Report on vaccination in Madras 1922-1929 - 1922-1929
Year: 1922
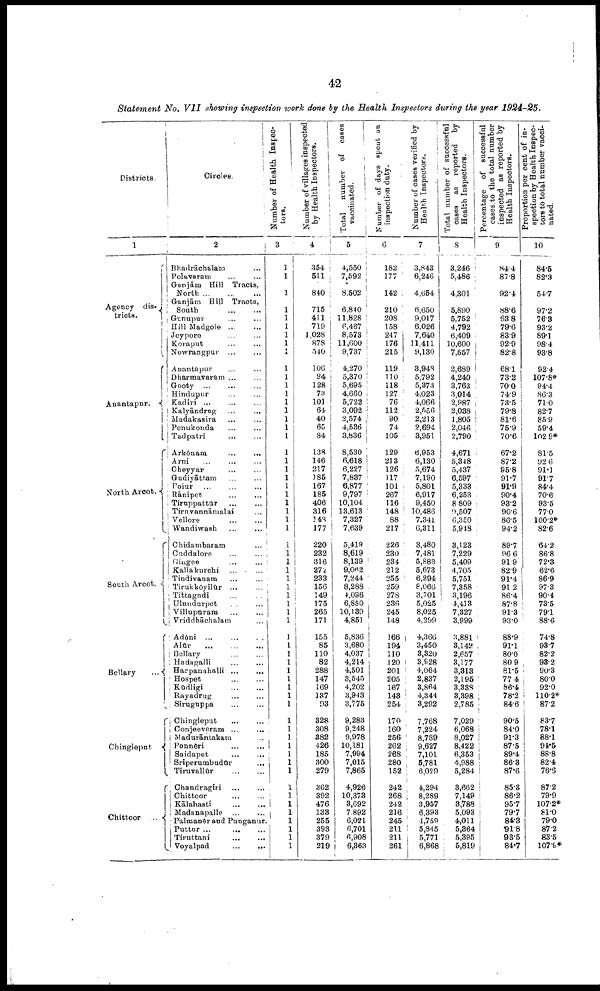
42
Statement
No. VII showing inspection work done by the Health Inspectors during the year
1924-25.
Districts.
1
Agency dis¬
tricts.
Anantapur.
North Arcot.
South Arcot.
Bellary
...
Chingleput
Chittoor ...
Circles.
2
Bhadrāchalam ...
Polavaram
...
...
Ganiām Hill Tracts,
North
...
...
...
Ganjām Hill Tracts,
South ... ...
Gunupur
...
...
Hill Madgole
...
...
Jeypore ... ...
Koraput ... ...
Nowrangpur ...
...
Anantapur
...
...
Dharmavaram ... ...
Gooty
...
...
...
Hindupur
...
...
Kadiri
...
...
...
Kalyāndrug
...
...
Madakasira ... ...
Penukonda
...
...
Tadpatri
...
...
Arkōnam
...
...
Arni ... ... ...
Cheyyar
...
...
Gudiyāttam
...
...
Polur
...
...
...
Rānipet ... ...
Tiruppattūr
...
...
Tiruvannāmalai ...
Vellore
...
...
Wandiwash
...
...
Chidambaram ...
Cuddalore ... ...
Gingee ... ...
Kallakurchi ... ...
Tindivanam
...
...
Tirukkōyilūr ...
Tittagudi
...
...
Ulundurpet ... ...
Villupuram ... ...
Vriddhāchalam ...
Adōni ...
...
...
Alūr
...
...
...
Bellary ... ...
Hadagalli
...
...
Harpanahalli ...
...
Hospet
...
...
Kūdligi
...
...
Rayadrug ... ...
Siruguppa ... ...
Chingleput
...
...
Conjeeveram
...
...
Madurāntakam ...
Ponnēri
... ...
Saidapet
...
...
Srīperumbudūr ...
Tiruvallūr
...
...
Chandragiri
...
...
Chittoor
...
...
Kālahasti
...
...
Madanapalle
...
...
Palmanēr and Punganur.
Puttur ...
...
...
Tiruttani
...
...
Voyalpad
...
...
Number of Health Inspec
tors.
3
1
1
1
1
1
1
1
1
1
1
1
1
1
1
1
1
1
1
1
1
1
1
1
1
1
1
1
1
1
1
1
1
1
1
1
1
1
1
1
1
1
1
1
1
1
1
1
1
1
1
1
1
1
1
1
1
1
1
1
1
1
1
Number of villages inspected
by Health Inspectors.
4
354
511
840
715
411
719
1,028
878
540
106
94
128
73
101
64
40
65
84
138
146
217
185
167
185
406
316
148
177
220
232
316
272
233
156
149
175
265
171
155
85
110
82
288
147
169
137
93
328
308
382
426
185
300
279
362
392
476
133
255
393
379
219
Total
number of cases
vaccinated.
5
4,550
7,592
8,502
6,840
11,828
6,467
8,573
11,600
9,737
4,270
5,370
5,695
4,660
5,722
3,092
2,574
4,536
3,836
8,530
6,618
6,227
7,837
6,877
9,797
10,104
13,613
7,327
7,639
5,419
8,619
8,139
9,062
7,244
8,288
4,096
6,850
10,139
4,851
5,836
3,680
4,037
4,214
4,501
3,545
4,202
3,943
3,775
9,283
9,248
9,978
10,181
7,994
7,015
7,865
4,926
10,373
3,692
7,892
6,021
6,701
6,908
6,363
Number of days spent on
inspection duty.
6
182
177
142
210
208
158
247
176
215
119
110 118
127
76
112
90
74
105
129
213
126
117
101
267
116
148
88
217
226
230
234
212
255
259
278
236
245
148
166
194
110
120
201
205
167
143
254
170
160
256
262
268
280
152
242
268
242
216
245
211
211
261
Number of cases verified by
Health Inspectors.
7
3,843
6,246
4,654
6,650
9,017
6,026
7,640
11,411
9,130
3,948
5,792
5,373
4,023
4,066
2,556
2,213
2,694
3,951
6,953
6,130
5,674
7,190
5,801
6,917
9,450
10,486
7,341
6,311
3,480
7,481
5,883
5,673
6,294
8,066
3,701
5,025
8,025
4,299
4,366
3,450
3,320
3,928
4,064
2,837
3,864
4,344
3,292
7,768
7,224
8,789
9,627
7,101
5,781
6,029
4,294
8,289
3,957
6,393
4,759
5,845
5,771
6,868
Total number of successful
cases as reported by
Health Inspectors.
8
3,246
5,486
4,301
5,890
5,752
4,792
6,409
10,600
7,557
2,689
4,240
3,763
3,014
2,987
2,038
1,805
2,046
2,790
4,671
5,348
5,437
6,597
5,333
6,253
8 809
9,507
6,350
5,948
3,123
7,229
5,409
4,705
5,751
7,358
3,196
4,413
7,327
3,999
3,881
3,142
2,657
3,177
3,313
2,195
3,338
3,398
2,785
7,029
6,068
8,027
8,422
6,353
4,988
5,284
8,662
7,149
8,788
5,093
4,011
5,864
5,395
5,819
Percentage of successful
cases to the total number
inspected as reported by
Health Inspectors.
9
84.4
87.8
92.4
88.6
63.8
79.6
83.9
92.9
82.8
68.1
73.2
70.0
74.9
73.5
79.8
81.6
75.9
70.6
67.2
87.2
95.8
91.7
91.9
90.4
93.2
90.6
86.5
94.2
89.7
96.6
91.9
82.9
91.4
91.2
86.4
87.8
91.3
93.0
88.9
91.1
80.0
80.9
81.5
77.4
86.4
78.2
84.6
90.5
84.0
91.3
87.5
89.4
86.3
87.6
85.3
86.2
95.7
79.7
84.3
91.8
93.5
84.7
Proportion per cent of in
spection by Health Inspec
tors to total number vacci¬
nated.
10
84.5
82.3
54.7
97.2
76.3
93.2
89.1
98.4
93.8
92.4
107.8*
94.4
86.3
71.0
82.7
85.9
59.4
102.9*
81.5
92.6
91.1
91.7
84.4
70.6
93.5
77.0
110.2*
82.6
64.2
86.8
72.3
62.6
86.9
97.3
90.4
73.5
79.1
88.6
74.8
93.7
82.2
93.2
90.3
80.0
92.0
110.2*
87.2
83.7
78.1
88.1
94.5
88.8
82.4
76.6
87.2
79.9
107.2*
81.0
79.0
87.2
83.5
107.9*